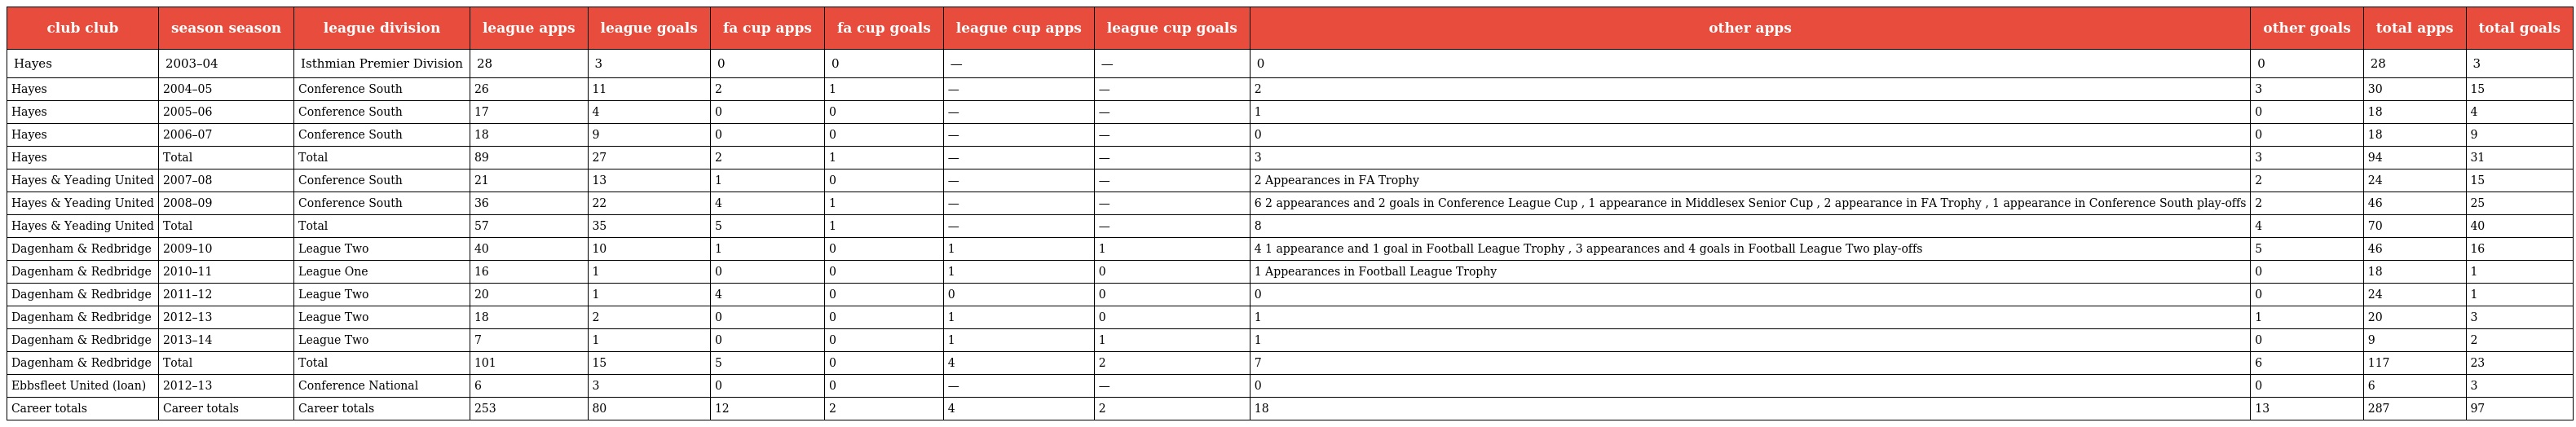
| club club | season season | league division | league apps | league goals | fa cup apps | fa cup goals | league cup apps | league cup goals | other apps | other goals | total apps | total goals |
 | --- | --- | --- | --- | --- | --- | --- | --- | --- | --- | --- | --- | --- |
 | Hayes | 2003–04 | Isthmian Premier Division | 28 | 3 | 0 | 0 | — | — | 0 | 0 | 28 | 3 |
 | Hayes | 2004–05 | Conference South | 26 | 11 | 2 | 1 | — | — | 2 | 3 | 30 | 15 |
 | Hayes | 2005–06 | Conference South | 17 | 4 | 0 | 0 | — | — | 1 | 0 | 18 | 4 |
 | Hayes | 2006–07 | Conference South | 18 | 9 | 0 | 0 | — | — | 0 | 0 | 18 | 9 |
 | Hayes | Total | Total | 89 | 27 | 2 | 1 | — | — | 3 | 3 | 94 | 31 |
 | Hayes & Yeading United | 2007–08 | Conference South | 21 | 13 | 1 | 0 | — | — | 2 Appearances in FA Trophy | 2 | 24 | 15 |
 | Hayes & Yeading United | 2008–09 | Conference South | 36 | 22 | 4 | 1 | — | — | 6 2 appearances and 2 goals in Conference League Cup , 1 appearance in Middlesex Senior Cup , 2 appearance in FA Trophy , 1 appearance in Conference South play-offs | 2 | 46 | 25 |
 | Hayes & Yeading United | Total | Total | 57 | 35 | 5 | 1 | — | — | 8 | 4 | 70 | 40 |
 | Dagenham & Redbridge | 2009–10 | League Two | 40 | 10 | 1 | 0 | 1 | 1 | 4 1 appearance and 1 goal in Football League Trophy , 3 appearances and 4 goals in Football League Two play-offs | 5 | 46 | 16 |
 | Dagenham & Redbridge | 2010–11 | League One | 16 | 1 | 0 | 0 | 1 | 0 | 1 Appearances in Football League Trophy | 0 | 18 | 1 |
 | Dagenham & Redbridge | 2011–12 | League Two | 20 | 1 | 4 | 0 | 0 | 0 | 0 | 0 | 24 | 1 |
 | Dagenham & Redbridge | 2012–13 | League Two | 18 | 2 | 0 | 0 | 1 | 0 | 1 | 1 | 20 | 3 |
 | Dagenham & Redbridge | 2013–14 | League Two | 7 | 1 | 0 | 0 | 1 | 1 | 1 | 0 | 9 | 2 |
 | Dagenham & Redbridge | Total | Total | 101 | 15 | 5 | 0 | 4 | 2 | 7 | 6 | 117 | 23 |
 | Ebbsfleet United (loan) | 2012–13 | Conference National | 6 | 3 | 0 | 0 | — | — | 0 | 0 | 6 | 3 |
 | Career totals | Career totals | Career totals | 253 | 80 | 12 | 2 | 4 | 2 | 18 | 13 | 287 | 97 |